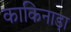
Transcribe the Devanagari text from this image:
काकिनाड़ा